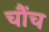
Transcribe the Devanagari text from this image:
चौंच